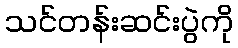
သင်တန်းဆင်းပွဲကို